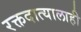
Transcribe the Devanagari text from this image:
रक्तदात्यालाही